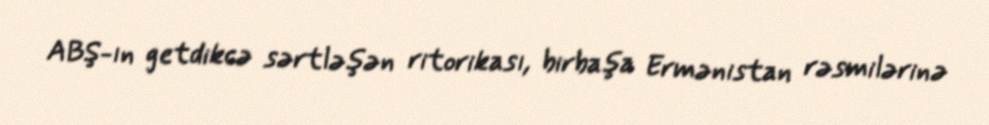
ABŞ-ın getdikcə sərtləşən ritorikası, birbaşa Ermənistan rəsmilərinə